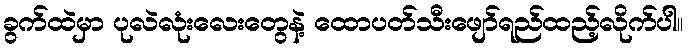
ခွက်ထဲမှာ ပုလဲလုံးလေးတွေနဲ့ ထောပတ်သီးဖျော်ရည်ထည့်လိုက်ပါ။